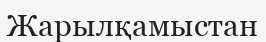
Жарылқамыстан